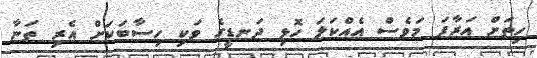
ހިތަށް އަރާފަ މަވެސް އެއްކަލަ ހޮޅި ދަނޑީގެ ވަކި ހިސާބަކަށް އެރި ތަނާ